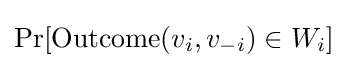
\Pr[{\text{Outcome}}(v_{i},v_{-i})\in W_{i}]